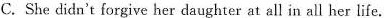
C. She didn't forgive her daughter at all in all her life.